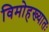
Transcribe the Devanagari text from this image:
विमोहख्यातः